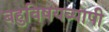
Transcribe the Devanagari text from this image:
बहुविषयव्यापी